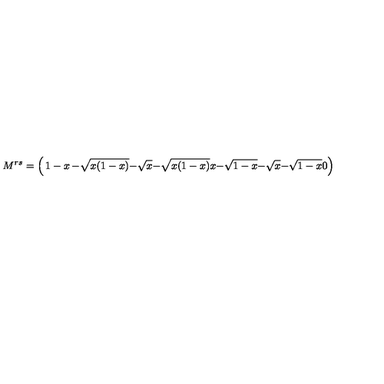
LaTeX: M ^ { r s } = \left( \begin{matrix} { 1 - x } & { - \sqrt { x ( 1 - x ) } } & { - \sqrt { x } } \\ { - \sqrt { x ( 1 - x ) } } & { x } & { - \sqrt { 1 - x } } \\ { - \sqrt { x } } & { - \sqrt { 1 - x } } & { 0 } \\ \end{matrix} \right)